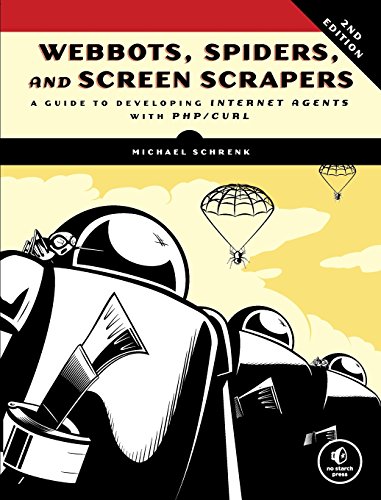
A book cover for Webbots, Spiders, and Screen Scrapers: A Guide to Developing Internet Agents with PHP/CURL; Michael Schrenk; Computers & Technology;